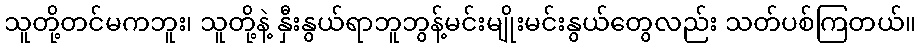
သူတို့တင်မကဘူး၊ သူတို့နဲ့ နှီးနွယ်ရာဘူဘွန့်မင်းမျိုးမင်းနွယ်တွေလည်း သတ်ပစ်ကြတယ်။